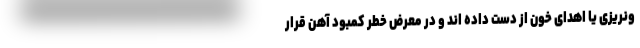
ونریزی یا اهدای خون از دست داده اند و در معرض خطر کمبود آهن قرار